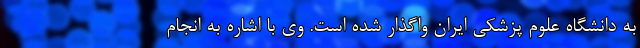
به دانشگاه علوم پزشکی ایران واگذار شده است. وی با اشاره به انجام